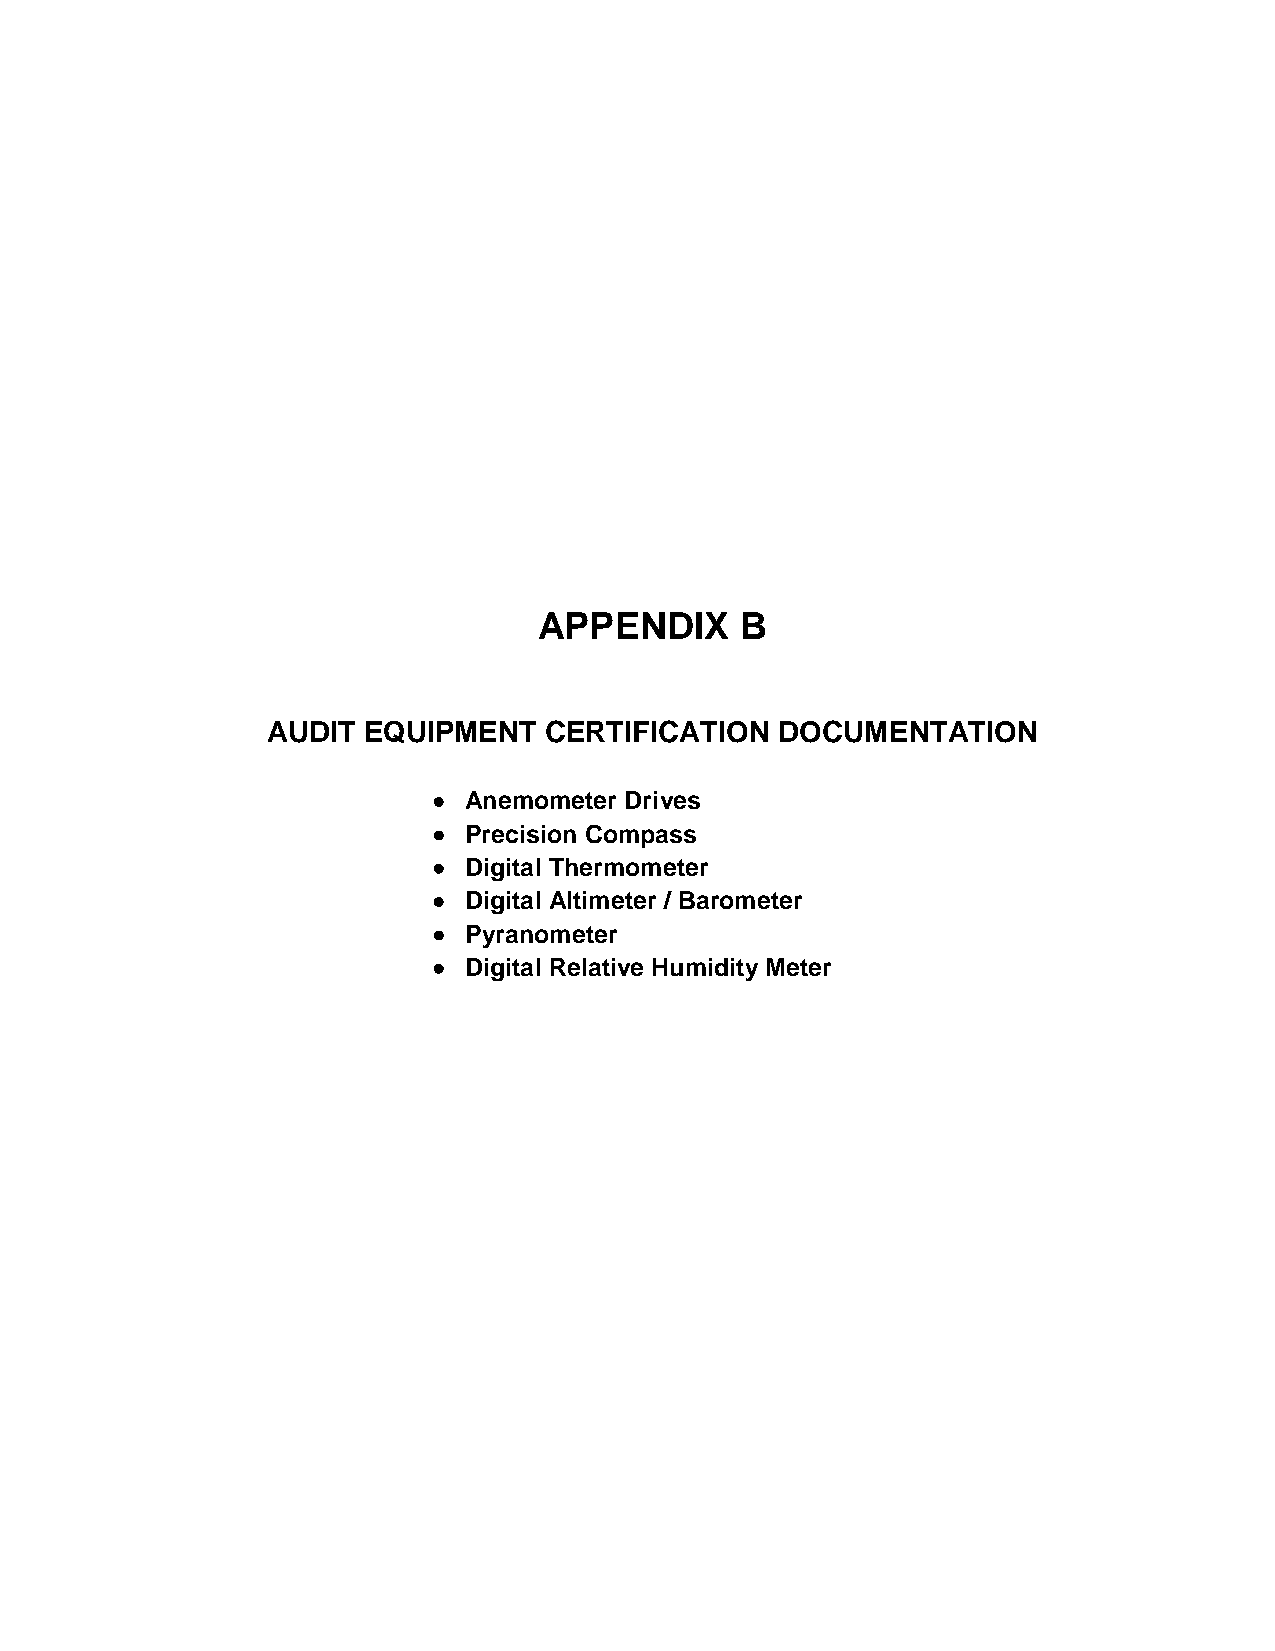
APPENDIX     B
 AUDIT EQUIPMENT   CERTIFICATION   DOCUMENTATION
 • Anemometer Drives
 • Precision Compass
 • Digital Thermometer
 • Digital Altimeter / Barometer
 • Pyranometer
 • Digital Relative Humidity Meter